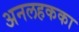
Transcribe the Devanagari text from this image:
अनलहकका